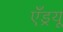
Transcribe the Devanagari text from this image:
एँड्रयू